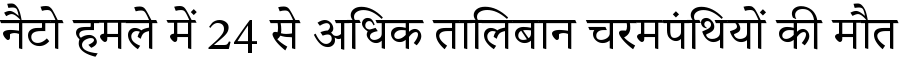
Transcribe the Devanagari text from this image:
नैटो हमले में 24 से अधिक तालिबान चरमपंथियों की मौत